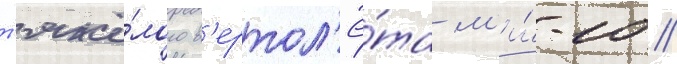
т'яжё́лого в'ертол'ё́та м'и́-10 //